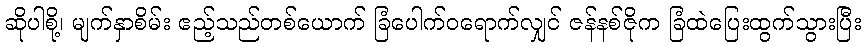
ဆိုပါစို့၊ မျက်နှာစိမ်း ဧည့်သည်တစ်ယောက် ခြံပေါက်ဝရောက်လျှင် ဇန်နစ်ဇိုက ခြံထဲပြေးထွက်သွားပြီး